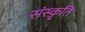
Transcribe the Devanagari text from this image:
संस्‍क़ृति